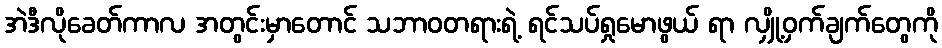
အဲဒီလိုခေတ်ကာလ အတွင်းမှာတောင် သဘာဝတရားရဲ့ ရင်သပ်ရှုမောဖွယ် ရာ လျှို့ဝှက်ချက်တွေကို